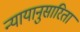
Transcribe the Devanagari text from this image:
न्यायानुसारिता